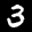
Label: 3